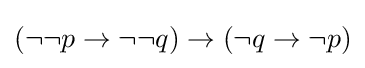
(\neg \neg p\to \neg \neg q)\to (\neg q\to \neg p)